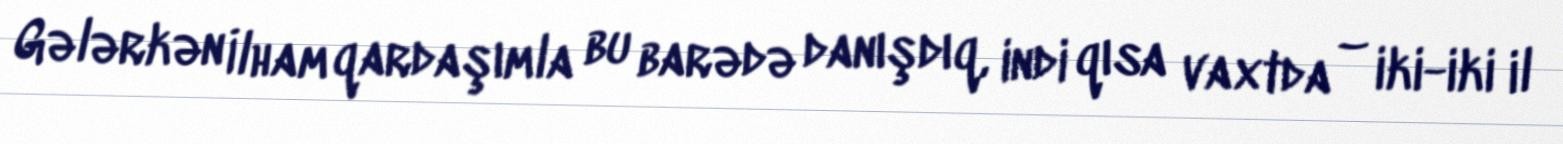
Gələrkən İlham qardaşımla bu barədə danışdıq, indi qısa vaxtda – iki-iki il